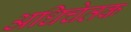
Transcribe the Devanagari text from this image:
अधिचेतक